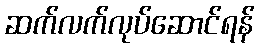
ဆက်လက်လုပ်ဆောင်ရန်